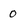
Character: O